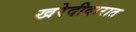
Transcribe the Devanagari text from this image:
खरेदीदारात